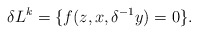
\begin{align*} {\delta} L^k = \{ f(z,x,{\delta}^{-1} y) = 0 \} .\end{align*}